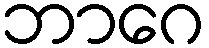
ဘာဂေ